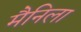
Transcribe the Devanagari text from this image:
मैनिला